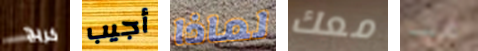
كريج أجيب لماذا معك هنا